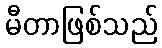
မီတာဖြစ်သည်